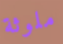
ملوثة